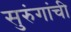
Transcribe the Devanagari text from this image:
सुरुंगांची